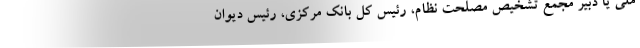
ملی یا دبیر مجمع تشخیص مصلحت نظام، رئیس کل بانک مرکزی، رئیس دیوان